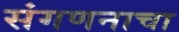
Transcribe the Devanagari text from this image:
संगणनाचा